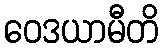
ဝေဒယာမီတိ